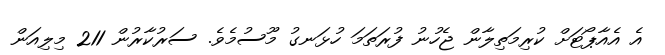
އެ އެއާޕޯޓަށް ކުރިމަތިލާން ޖެހުނު ފުރަތަމަ ހުޅަނގު މޫސުމެވެ. ސަރުކާރުން 211 މިލިއަން